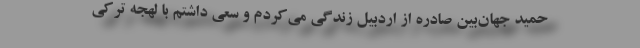
حمید جهان‌بین صادره از اردبیل زندگی می‌کردم و سعی داشتم با لهجه تركی